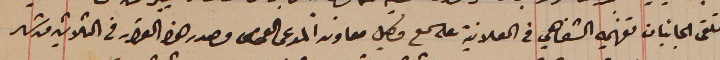
تلقى الجانبان تفهيمه الشفاهي فى العلانية على سمع وكيل معاونه المدعى العمومى مصدر هذا القرار فى الثلاثين من شهر